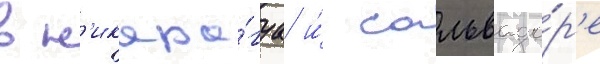
в н'икара́гуа и́ сальвадо́р'е